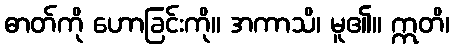
ဓာတ်ကို ဟောခြင်းကို။ အကာသိ၊ မူ၏။ ဣတိ၊